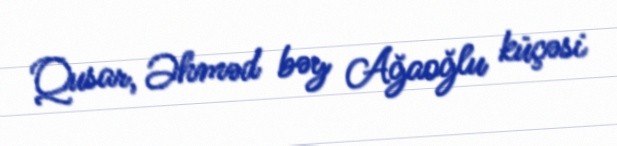
Qusar, Əhməd bəy Ağaoğlu küçəsi